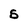
Character: S